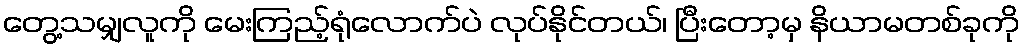
တွေ့သမျှလူကို မေးကြည့်ရုံလောက်ပဲ လုပ်နိုင်တယ်၊ ပြီးတော့မှ နိယာမတစ်ခုကို